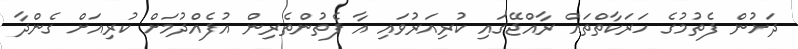
ދަށުން ފެތުމުގެ ހަރަކާތްތައް ރާއްޖޭގައި ކުރިއަރުވައި އާ ފެތުންތެރިން އުފެއްދުމަށް ކުރިއަށް ގެންދާ